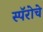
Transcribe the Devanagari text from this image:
स्पॅरोचे